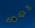
تجهد